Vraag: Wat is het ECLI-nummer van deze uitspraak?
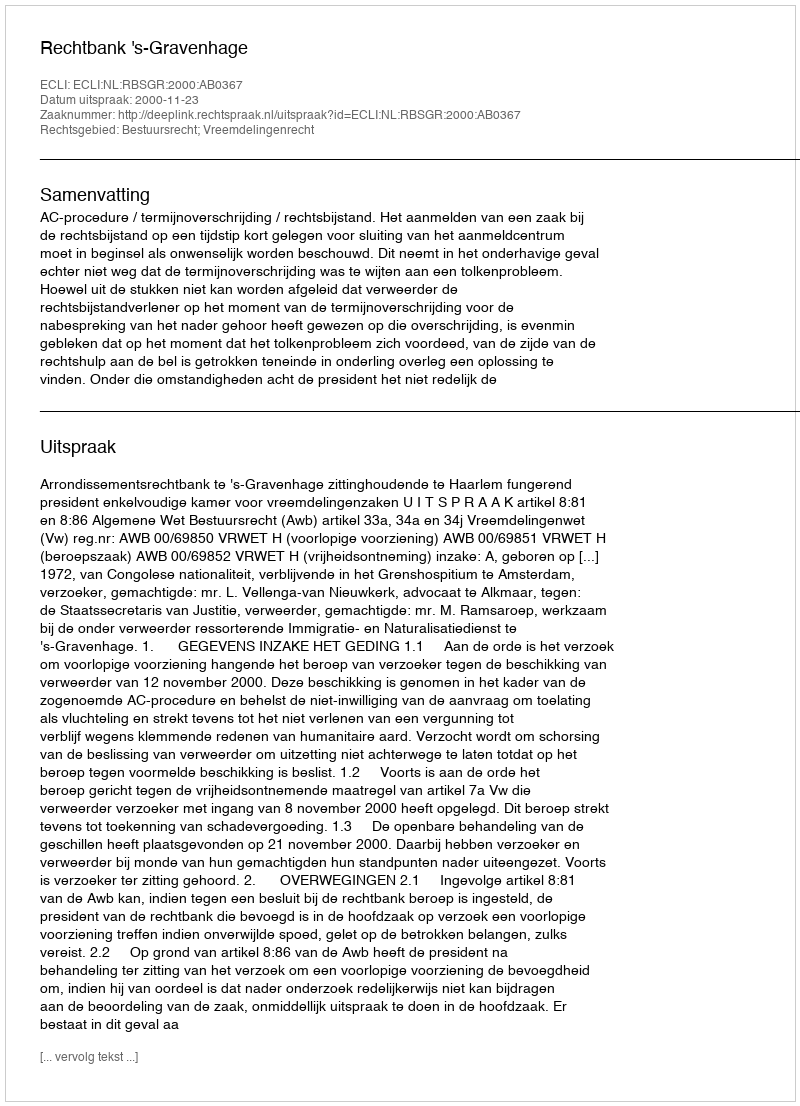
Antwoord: ECLI:NL:RBSGR:2000:AB0367